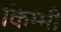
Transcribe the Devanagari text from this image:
किम्मी